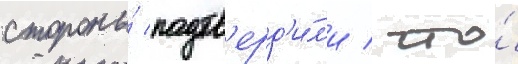
стороны́ подтв'ерд'и́л'и / что́